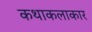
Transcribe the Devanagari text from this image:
कथाकलाकार